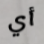
أي